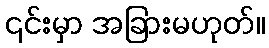
၎င်းမှာ အခြားမဟုတ်။